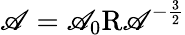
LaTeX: \mathscr{A}=\mathscr{A}_{0}\mathrm{{{R\mathscr{A}}}}^{-\frac{{3}}{{2}}}